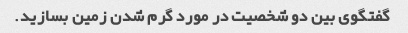
گفتگوی بین دو شخصیت در مورد گرم شدن زمین بسازید.